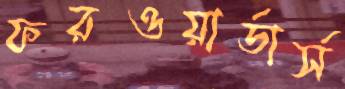
ফরওয়ার্ডার্স